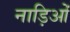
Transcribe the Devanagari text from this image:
नाड़िओं